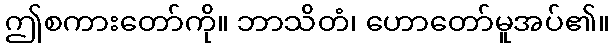
ဤစကားတော်ကို။ ဘာသိတံ၊ ဟောတော်မူအပ်၏။